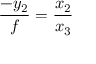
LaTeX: { \frac { - y _ { 2 } } { f } } = { \frac { x _ { 2 } } { x _ { 3 } } }